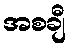
အစချီ